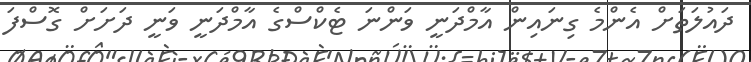
ދައުލަތަށް އެންމެ ގިނައިން އާމްދަނީ ވަންނަ ޓެކްސްގެ އާމްދަނީ ވަނީ ދަށަށް ގޮސްފަ